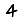
Digit: 4